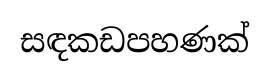
සඳකඩපහණක්